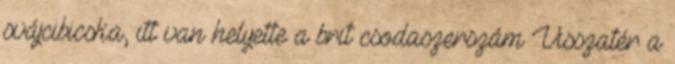
svájcibicska, itt van helyette a brit csodaszerszám Visszatér a